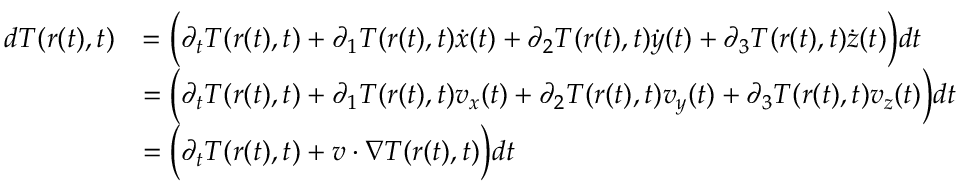
\begin{array} { r l } { d T ( r ( t ) , t ) } & { = \Big ( \partial _ { t } T ( r ( t ) , t ) + \partial _ { 1 } T ( r ( t ) , t ) \Dot { x } ( t ) + \partial _ { 2 } T ( r ( t ) , t ) \Dot { y } ( t ) + \partial _ { 3 } T ( r ( t ) , t ) \Dot { z } ( t ) \Big ) d t } \\ & { = \Big ( \partial _ { t } T ( r ( t ) , t ) + \partial _ { 1 } T ( r ( t ) , t ) v _ { x } ( t ) + \partial _ { 2 } T ( r ( t ) , t ) v _ { y } ( t ) + \partial _ { 3 } T ( r ( t ) , t ) v _ { z } ( t ) \Big ) d t } \\ & { = \Big ( \partial _ { t } T ( r ( t ) , t ) + v \cdot \nabla T ( r ( t ) , t ) \Big ) d t } \end{array}